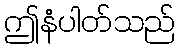
ဤနံပါတ်သည်